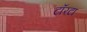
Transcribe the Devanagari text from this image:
टॉरटा